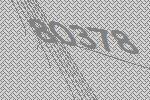
80378